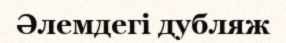
Әлемдегі дубляж